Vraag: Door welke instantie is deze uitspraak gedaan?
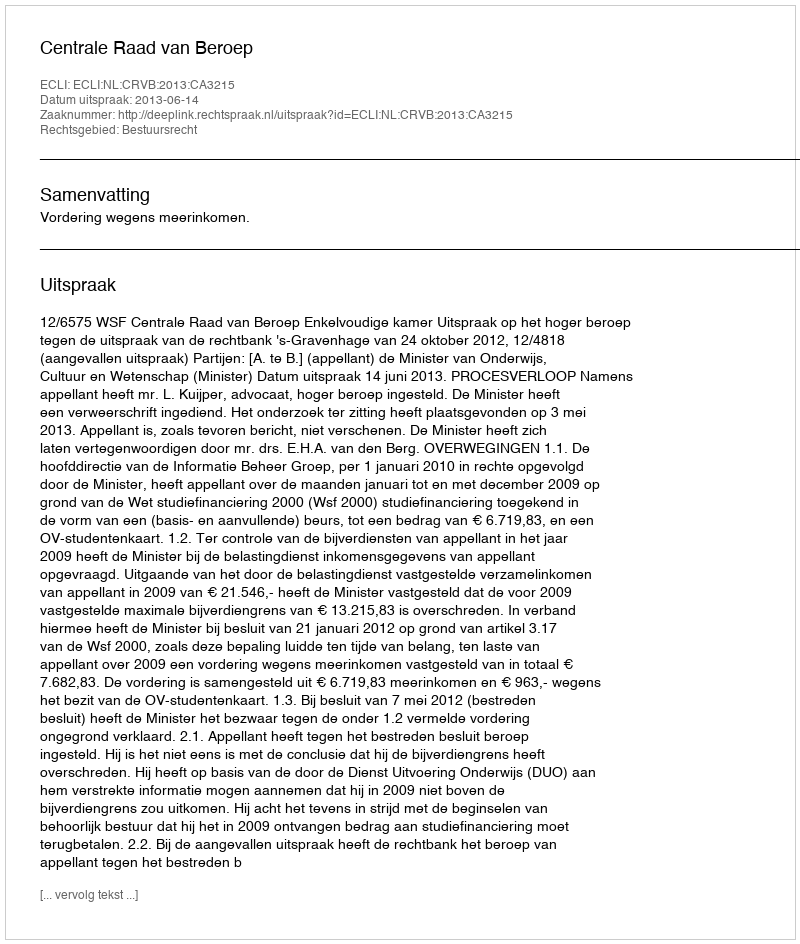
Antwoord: Centrale Raad van Beroep